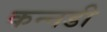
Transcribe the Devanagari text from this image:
कन्नडी